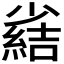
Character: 𫵊